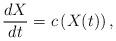
LaTeX: \begin{align*}\frac{dX}{dt}=c\left(X(t)\right),\end{align*}